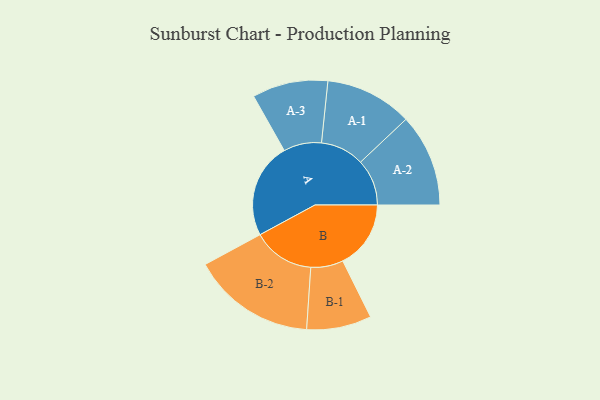
{"axis": {"x": "Segment", "y": "Value"}, "legend": ["", "A", "B"], "data": [{"x": "A", "y": 382, "type": ""}, {"x": "B", "y": 273, "type": ""}, {"x": "A-1", "y": 175, "type": "A"}, {"x": "A-2", "y": 186, "type": "A"}, {"x": "A-3", "y": 152, "type": "A"}, {"x": "B-1", "y": 130, "type": "B"}, {"x": "B-2", "y": 248, "type": "B"}]}